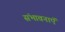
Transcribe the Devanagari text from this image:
संभावनाऍं